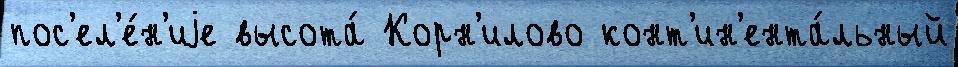
пос'ел'е́н'иjе высота́ Корн'илово конт'ин'ента́льный